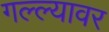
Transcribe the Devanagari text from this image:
गल्ल्यावर